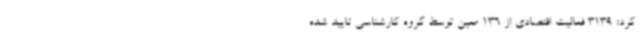
کرد: 3139 فعالیت اقتصادی از 136 معین توسط گروه کارشناسی تایید شده